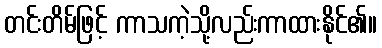
တင်းတိမ်ဖြင့် ကာသကဲ့သို့လည်းကာထားနိုင်၏။